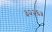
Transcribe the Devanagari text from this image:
३२२६५